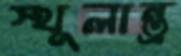
স্থূলান্ত্র